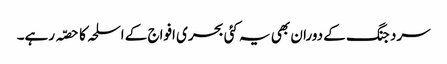
سرد جنگ کے دوران بھی یہ کئی بحری افواج کے اسلحہ کا حصّہ رہے۔